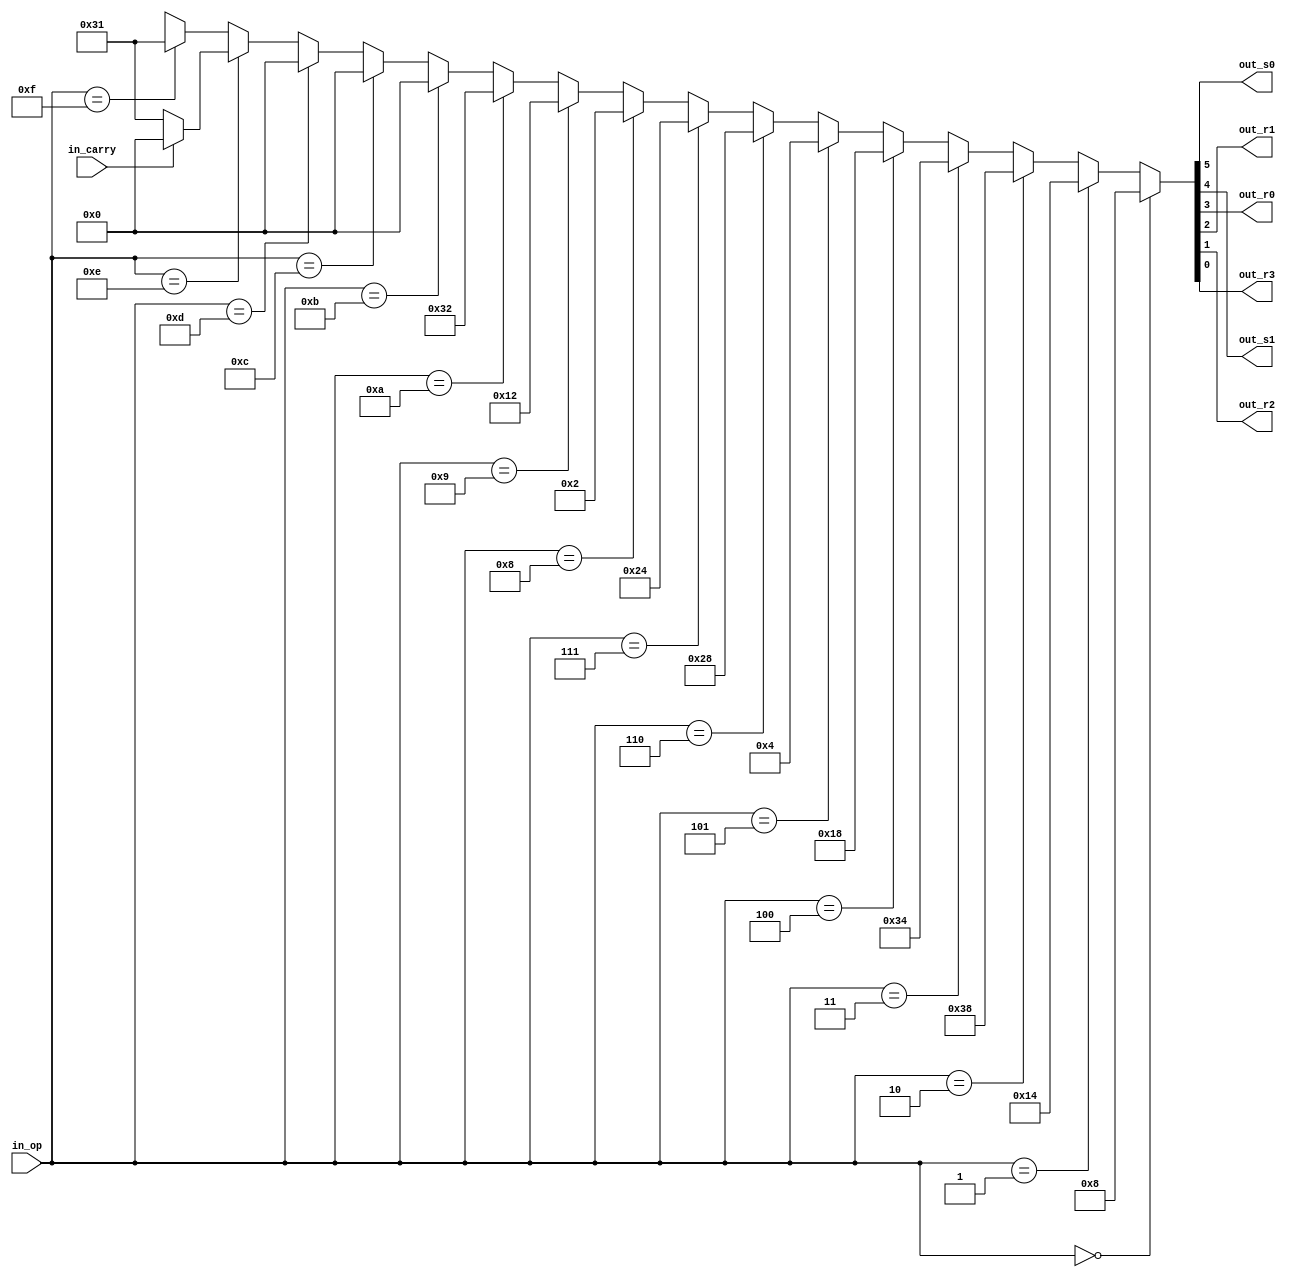
module decoder(in_op, in_carry, out_s0, out_s1, out_r0, out_r1, out_r2, out_r3);

input [3:0] in_op;
input in_carry;
output out_s0, out_s1;
output out_r0, out_r1, out_r2, out_r3;
wire [5:0] out;

assign out = func_decoder(in_op, in_carry);
assign out_s0 = out[5];
assign out_s1 = out[4];
assign out_r0 = out[3];
assign out_r1 = out[2];
assign out_r2 = out[1];
assign out_r3 = out[0];

// in_op : 
// out_s0-1: selector in_s
// out_r0-3: reg load

function [5:0] func_decoder;
    input [3:0] in_op;
    input in_carry;

    // address 0000 : add A im
    if (in_op == 4'b0000) begin
        func_decoder = 6'b001000;

    // address 0001 : add B im
    end else if (in_op == 4'b0001) begin
        func_decoder = 6'b010100;

    // address 0010 : mov A im
    end else if (in_op == 4'b0010) begin
        func_decoder = 6'b111000;

    // address 0011 : mov B im
    end else if (in_op == 4'b0011) begin
        func_decoder = 6'b110100;

    // address 0100 : mov A b
    end else if (in_op == 4'b0100) begin
        func_decoder = 6'b011000;

    // address 0101 : mov B A
    end else if (in_op == 4'b0101) begin
        func_decoder = 6'b000100;

    // address 0110 : in A
    end else if (in_op == 4'b0110) begin
        func_decoder = 6'b101000;

    // address 0111 : in B
    end else if (in_op == 4'b0111) begin
        func_decoder = 6'b100100;

    // address 1000 : out A
    end else if (in_op == 4'b1000) begin
        func_decoder = 6'b000010;

    // address 1001 : out B
    end else if (in_op == 4'b1001) begin
        func_decoder = 6'b010010;

    // address 1010 : out im
    end else if (in_op == 4'b1010) begin
        func_decoder = 6'b110010;

    // address 1011 : --
    end else if (in_op == 4'b1011) begin
        // not impl
        func_decoder = 6'b000000;

    // address 1100 : --
    end else if (in_op == 4'b1100) begin
        // not impl
        func_decoder = 6'b000000;

    // address 1101 : --
    end else if (in_op == 4'b1101) begin
        // not impl
        func_decoder = 6'b000000;

    // address 1110 : jnc im
    end else if (in_op == 4'b1110) begin
        // carry  0  jmp 
        if (in_carry == 1'b0) begin
            func_decoder = 6'b110001;
        // carry  1  load 
        end else begin
            func_decoder = 6'b000000;
        end

    // address 1111 : jmp im
    end else if (in_op == 4'b1111) begin
        func_decoder = 6'b110001;
    end

endfunction

endmodule